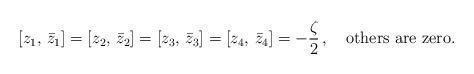
LaTeX: \begin{align*}\left[ z_1,\,\bar{z}_1\right]=\left[ z_2,\,\bar{z}_2\right]=\left[ z_3,\,\bar{z}_3\right]=\left[ z_4,\,\bar{z}_4\right]= -\frac{\zeta}{2}\,,\quad \textrm{others are zero}.\end{align*}